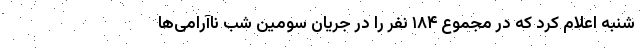
شنبه اعلام کرد که در مجموع ۱۸۴ نفر را در جریان سومین شب ناآرامی‌ها